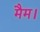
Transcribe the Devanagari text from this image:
मैम।